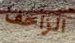
الزاحف